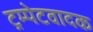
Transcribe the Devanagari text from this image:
ट्रम्पेटवादक